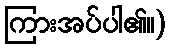
ကြားအပ်ပါ၏။)